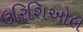
ઉરિશિઓલ